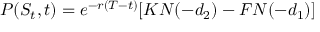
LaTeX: P ( S _ { t } , t ) = e ^ { - r ( T - t ) } [ K N ( - d _ { 2 } ) - F N ( - d _ { 1 } ) ]